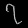
Digit: ၇